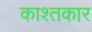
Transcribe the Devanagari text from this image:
काश्‍तकार